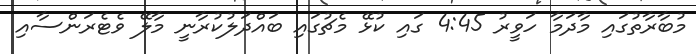
މުބާރާތުގައި މާދަމާ ހަވީރު 4:45 ގައި ކުޅޭ މެޗުގައި ބައްދަލުކުރާނީ މާލޭ ވެޓެރަންސާއި